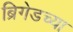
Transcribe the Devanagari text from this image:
ब्रिगेडच्या